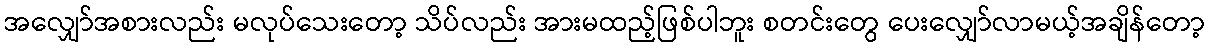
အလျှော်အစားလည်း မလုပ်သေးတော့ သိပ်လည်း အားမထည့်ဖြစ်ပါဘူး စတင်းတွေ ပေးလျှော်လာမယ့်အချိန်တော့